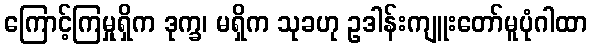
ကြောင့်ကြမှုရှိက ဒုက္ခ၊ မရှိက သုခဟု ဥဒါန်းကျူးတော်မူပုံဂါထာ